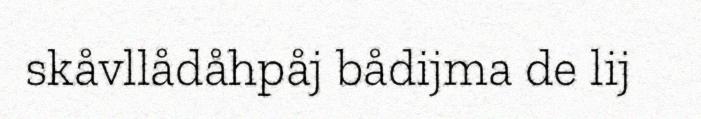
skåvllådåhpåj bådijma de lij